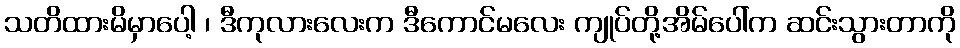
သတိထားမိမှာပေါ့ ၊ ဒီကုလားလေးက ဒီကောင်မလေး ကျုပ်တို့အိမ်ပေါ်က ဆင်းသွားတာကို